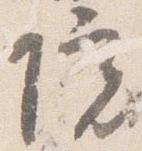
院